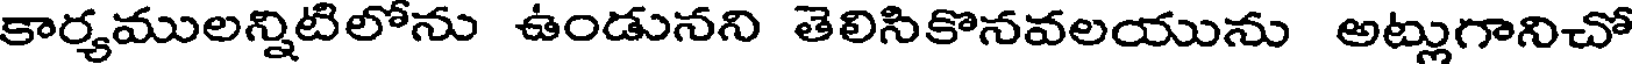
కార్యములన్నిటిలోను ఉండునని తెలిసికొనవలయును అట్లుగానిచో